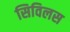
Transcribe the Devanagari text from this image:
सिविलस